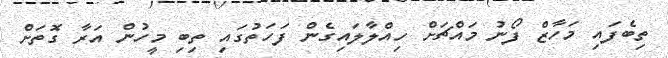
ތިބެފައި މަހާޒް ފޯނު މައްޗަށް ހިއްލާލައިގެން ފަހަތުގައި ތިބި މީހުން އަރާ ގޮތަށް